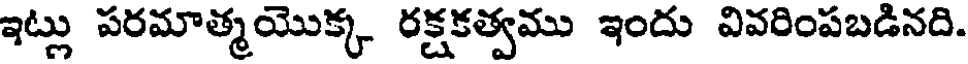
ఇట్లు పరమాత్మయొక్క రక్షకత్వము ఇందు వివరింపబడినది.